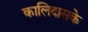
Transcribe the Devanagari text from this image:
कालिदासके